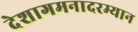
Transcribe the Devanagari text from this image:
देशागमनादरम्यान